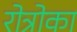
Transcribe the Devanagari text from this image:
रोत्रोका